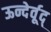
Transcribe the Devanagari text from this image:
ऊन्देर्वूद्